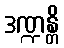
ဒဏ္ဍန္တိ